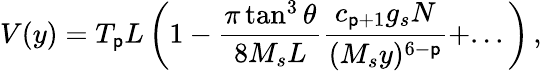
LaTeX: V(y)=T_{\mathsf{p}}L\left(1-\frac{{\pi\tan^{3}\theta}}{{8M_{s}L}}\frac{{c_{\mathsf{p}+1}g_{s}N}}{{(M_{s}y)^{6-\mathsf{p}}}}+...\right)\, ,